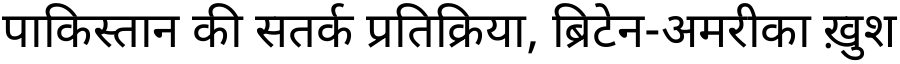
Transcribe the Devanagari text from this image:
पाकिस्तान की सतर्क प्रतिक्रिया, ब्रिटेन-अमरीका ख़ुश